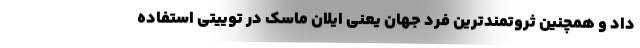
داد و همچنین ثروتمندترین فرد جهان یعنی ایلان ماسک در توییتی استفاده